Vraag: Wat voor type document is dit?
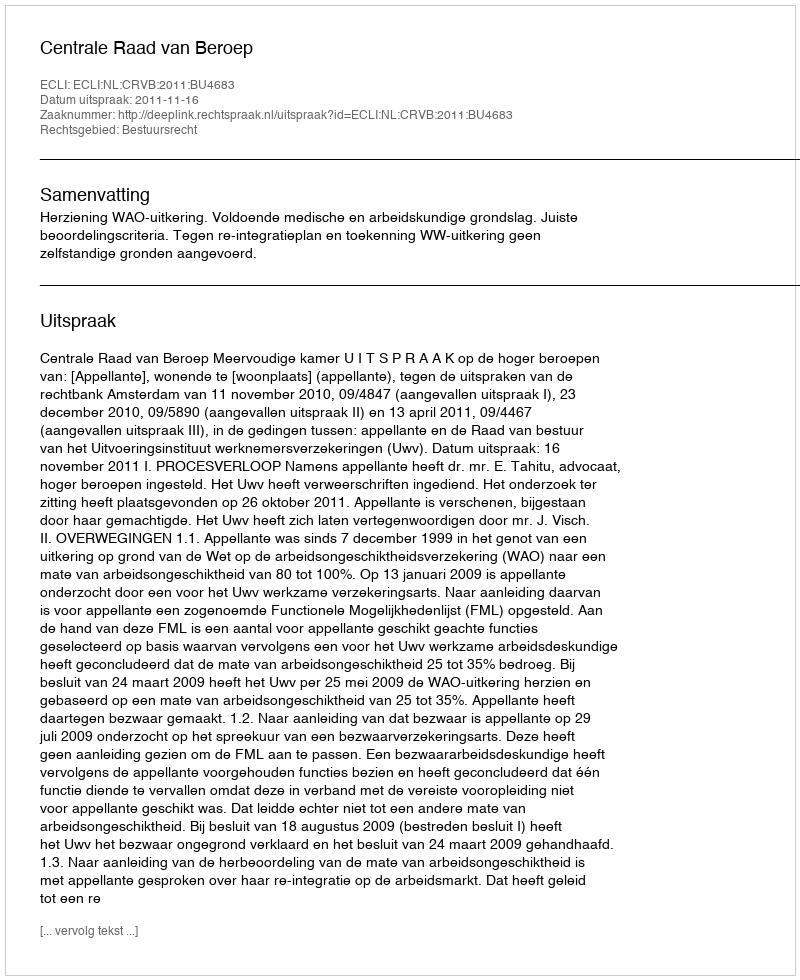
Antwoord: Uitspraak